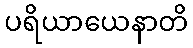
ပရိယာယေနာတိ